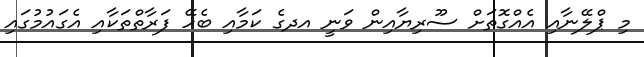
މި ޕްލޭނާއި އެއްގޮތަށް ސޫރިޔާއިން ވަނީ އދގެ ކަމާއި ބެހޭ ފަރާތްތަކާއި އެގައުމުގައި